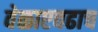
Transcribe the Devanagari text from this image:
वेळाएवढाच